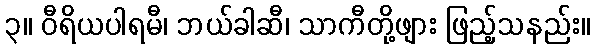
၃။ ဝီရိယပါရမီ၊ ဘယ်ခါဆီ၊ သာကီတို့ဖျား ဖြည့်သနည်း။